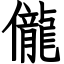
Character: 儱